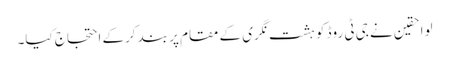
لواحقین نے جی ٹی روڈ کو ہشت نگری کے مقام پر بند کرکے احتجاج کیا۔